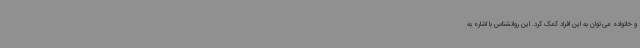
و خانواده می‌توان به این افراد کمک کرد. این روانشناس با اشاره به